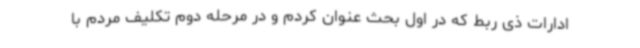
ادارات ذی ربط که در اول بحث عنوان کردم و در مرحله دوم تکلیف مردم با